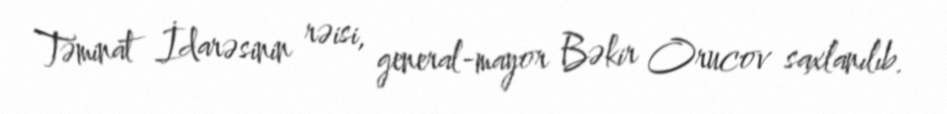
Təminat İdarəsinin rəisi, general-mayor Bəkir Orucov saxlanılıb.